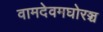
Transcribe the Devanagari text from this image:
वामदेवमघोरञ्च